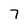
Character: 7